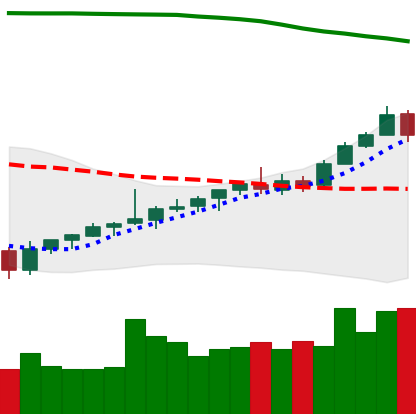
Ticker: TRX-USD
Chart end date: 2021-08-08
Forward return: 24.439%
Label: up_7plus